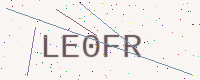
Text: LE0FR